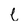
Character: C